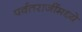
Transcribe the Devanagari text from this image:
पर्वतराजींमध्ये